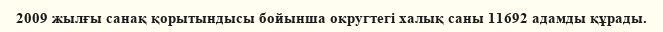
2009 жылғы санақ қорытындысы бойынша округтегі халық саны 11692 адамды құрады.